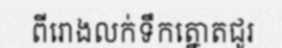
ពីរោងលក់ទឹកត្នោតជូរ